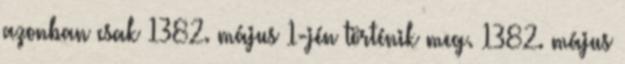
azonban csak 1382. május 1-jén történik meg. 1382. május